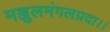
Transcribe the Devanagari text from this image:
मञ्जुलमंगलप्रदा।।